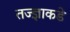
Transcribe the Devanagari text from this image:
तज्‍ज्ञाकडे